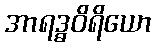
အာရဒ္ဓဝိရိယော